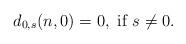
LaTeX: \begin{align*}d_{0,s}(n,0)=0,\mbox{ if }s\ne 0.\end{align*}